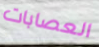
العصابات